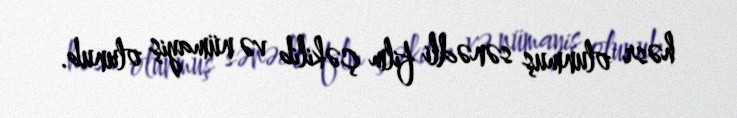
həsr olunmuş sənədli film çəkilib və nümayiş olunub.